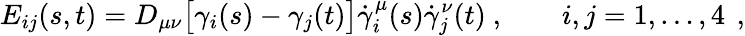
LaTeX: E_{ij}(s,t)=D_{\mu\nu}\bigl[\gamma_{i}(s)-\gamma_{j}(t)\bigr]\dot{\gamma}_{i}^{\mu}(s)\dot{\gamma}_{j}^{\nu}(t)\ ,\qquad i,j=1,\dots,4\ \, ,